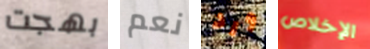
بهجت نعم ورد الإخلاص